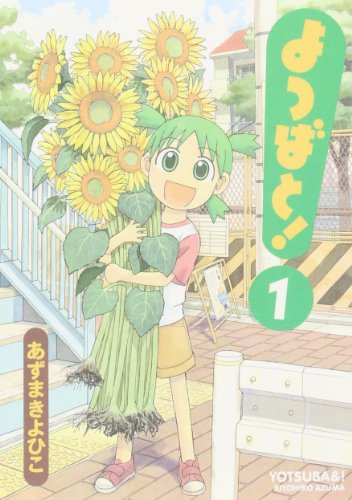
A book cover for Yotsubato! Vol. 1 (Yotsubato!) (in Japanese) (Japanese Edition); Kiyohiko Azuma; Comics & Graphic Novels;